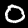
Label: 0